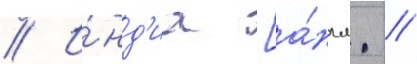
// И́нд'иа [а́нгл. //